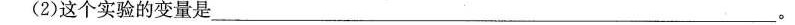
(2)这个实验的变量是___。